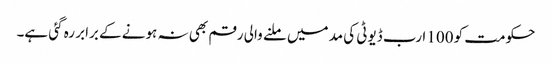
حکومت کو 100 ا رب ڈیوٹی کی مد میں ملنے والی رقم بھی نہ ہونے کے برابر رہ گئی ہے۔